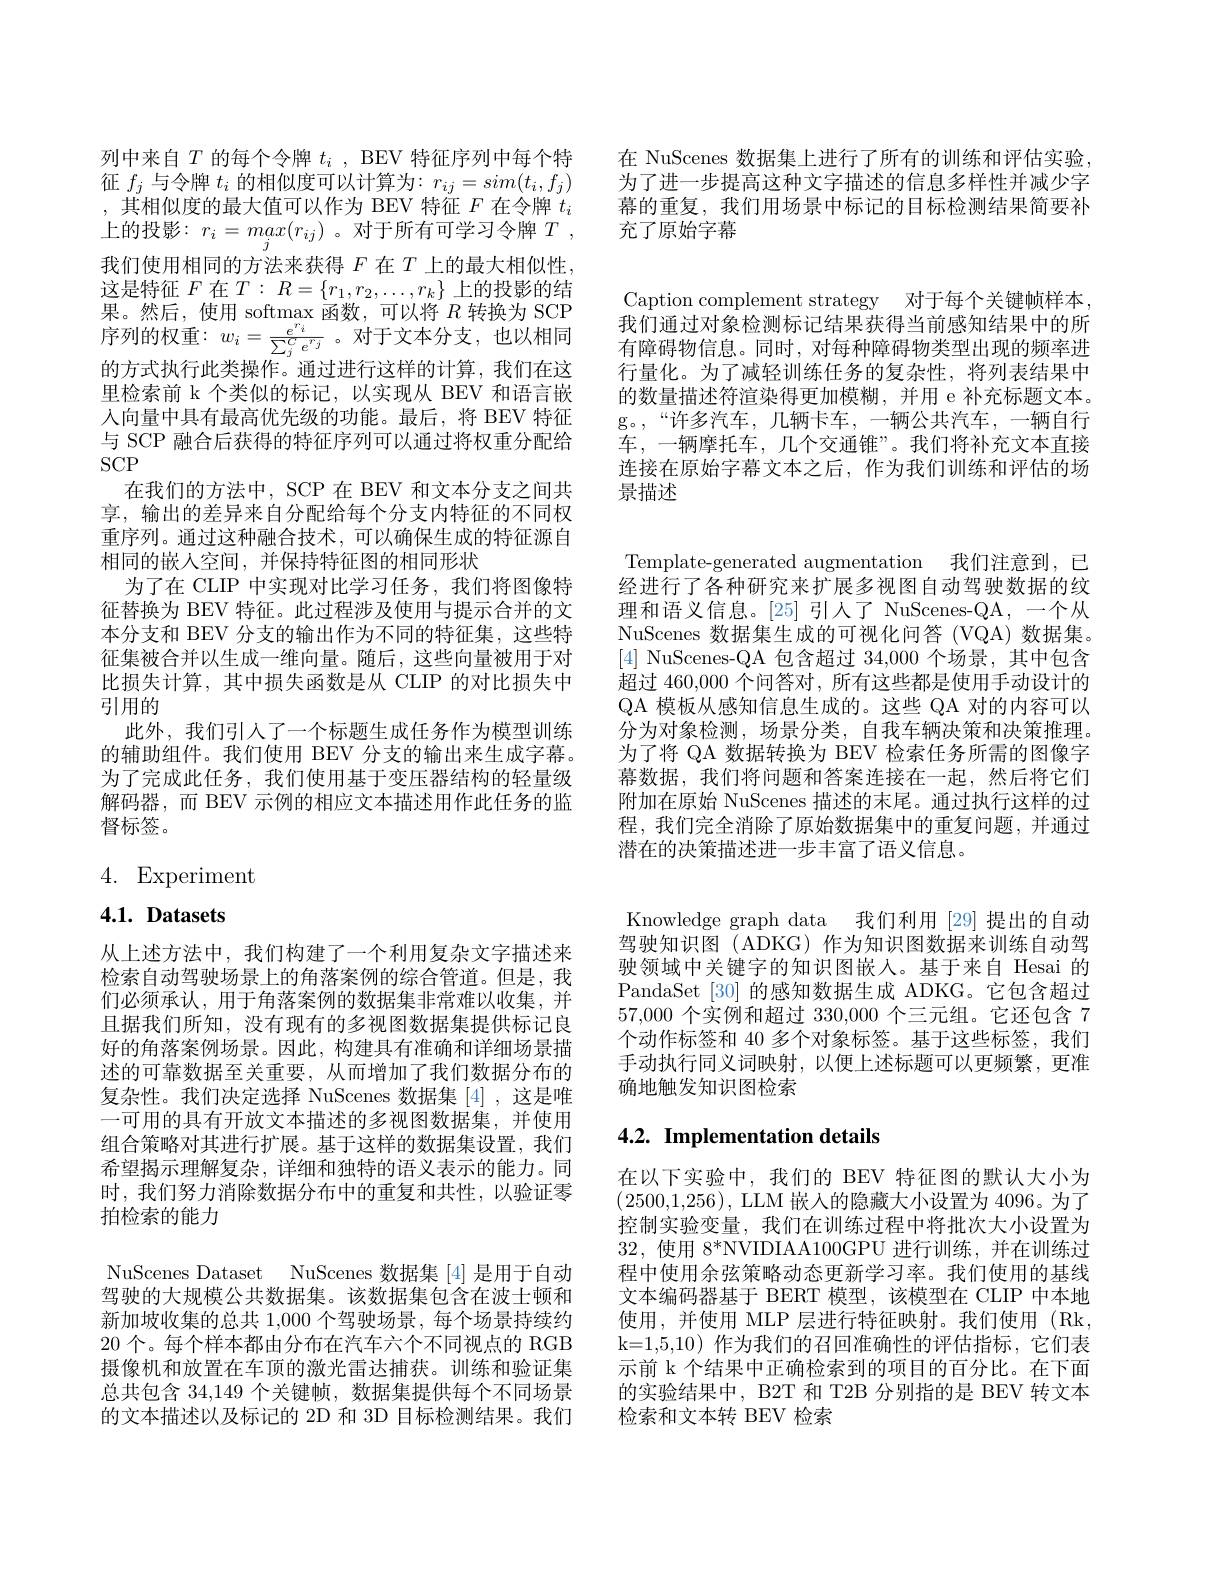
列中来自$T$ 的每个令牌 $t_i$ , BEV 特征序列中每个特 在 NuScenes 数据集上进行了所有的训练和评估实验征$f_j$与令牌$t_i$的相似度可以计算为$:r_ij=sim(t_i,f_j)$ 为了进一步提高这种文字描述的信息多样性并减少字
幕的重复，我们用场景中标记的目标检测结果简要补
充了原始字幕

,其相似度的最大值可以作为 BEV 特征$F$在令牌$t_i$ 上的投影：$r_i=max(r_{ij})$。对于所有可学习令牌$T$, 我们使用相同的方法来获得$F$在$T$上的最大相似性， 这是特征$F$在$T:R=\{r_1,r_2,\ldots,r_k\}$上的投影的结果。然后，使用 softmax 函数，可以将$R$转换为 SCP 序列的权重$:w_i=\frac{e^{r_i}}{\sum_j^Ce^{r_j}}$。对于文本分支，也以相同的方式执行此类操作。通过进行这样的计算，我们在这里检索前 k 个类似的标记，以实现从 BEV 和语言嵌入向量中具有最高优先级的功能。最后，将 BEV 特征与 SCP 融合后获得的特征序列可以通过将权重分配给SCP
在我们的方法中，SCP 在 BEV 和文本分支之间共享，输出的差异来自分配给每个分支内特征的不同权重序列。通过这种融合技术，可以确保生成的特征源自相同的嵌人空间，并保持特征图的相同形状
为了在 CLIP 中实现对比学习任务，我们将图像特征替换为 BEV 特征。此过程涉及使用与提示合并的文本分支和 BEV 分支的输出作为不同的特征集，这些特征集被合并以生成一维向量。随后，这些向量被用于对比损失计算，其中损失函数是从 CLIP 的对比损失中引用的
此外，我们引人了一个标题生成任务作为模型训练的辅助组件。我们使用 BEV 分支的输出来生成字幕。为了完成此任务，我们使用基于变压器结构的轻量级解码器，而 BEV 示例的相应文本描述用作此任务的监督标签。

# 4. Experiment

4.1. Datasets

从上述方法中，我们构建了一个利用复杂文字描述来检索自动驾驶场景上的角落案例的综合管道。但是，我们必须承认，用于角落案例的数据集非常难以收集，并且据我们所知，没有现有的多视图数据集提供标记良好的角落案例场景。因此，构建具有准确和详细场景描述的可靠数据至关重要，从而增加了我们数据分布的复杂性。我们决定选择 NuScenes 数据集[4],这是唯一可用的具有开放文本描述的多视图数据集，并使用组合策略对其进行扩展。基于这样的数据集设置，我们希望揭示理解复杂，详细和独特的语义表示的能力。同时，我们努力消除数据分布中的重复和共性，以验证零拍检索的能力
NuScenes Dataset NuScenes 数据集[4]是用于自动驾驶的大规模公共数据集。该数据集包含在波士顿和新加坡收集的总共 1,000 个驾驶场景，每个场景持续约20 个。每个样本都由分布在汽车六个不同视点的 RGB 摄像机和放置在车顶的激光雷达捕获。训练和验证集总共包含34，149个关键帧，数据集提供每个不同场景的文本描述以及标记的 2D 和 3D 目标检测结果。我们

Caption complement strategy 对于每个关键帧样本， 我们通过对象检测标记结果获得当前感知结果中的所有障碍物信息。同时，对每种障碍物类型出现的频率进行量化。为了减轻训练任务的复杂性，将列表结果中的数量描述符渲染得更加模糊，并用 e 补充标题文本。g。,“许多汽车，几辆卡车，一辆公共汽车，一辆自行车，一辆摩托车，几个交通锥”。我们将补充文本直接连接在原始字幕文本之后，作为我们训练和评估的场景描述

Template-generated augmentation 我们注意到，已经进行了各种研究来扩展多视图自动驾驶数据的纹理和语义信息。[25] 引人了 NuScenes-QA, 一个从NuScenes 数据集生成的可视化问答 (VQA) 数据集。[4] NuScenes-QA 包含超过 34,000 个场景，其中包含超过 460,000 个问答对，所有这些都是使用手动设计的QA 模板从感知信息生成的。这些 QA 对的内容可以分为对象检测，场景分类，自我车辆决策和决策推理。为了将 QA 数据转换为 BEV 检索任务所需的图像字幕数据，我们将问题和答案连接在一起，然后将它们附加在原始 NuScenes 描述的末尾。通过执行这样的过程，我们完全消除了原始数据集中的重复问题，并通过潜在的决策描述进一步丰富了语义信息。
Knowledge graph data 我们利用 [29] 提出的自动驾驶知识图 (ADKG) 作为知识图数据来训练自动驾驶领域中关键字的知识图嵌人。基于来自 Hesai 的PandaSet [30] 的感知数据生成 ADKG。它包含超过57,000个实例和超过 330,000 个三元组。它还包含7个动作标签和 40 多个对象标签。基于这些标签，我们手动执行同义词映射，以便上述标题可以更频繁，更准确地触发知识图检索
4.2. Implementation details

在以下实验中，我们的 BEV 特征图的默认大小为(2500,1,256), LLM 嵌入的隐藏大小设置为 4096。为了控制实验变量，我们在训练过程中将批次大小设置为32,使用 8*NVIDIAA100GPU 进行训练，并在训练过程中使用余弦策略动态更新学习率。我们使用的基线文本编码器基于 BERT 模型，该模型在 CLIP 中本地使用，并使用 MLP 层进行特征映射。我们使用(Rk, k=1,5,10) 作为我们的召回准确性的评估指标，它们表示前 k 个结果中正确检索到的项目的百分比。在下面的实验结果中，B2T 和 T2B 分别指的是 BEV 转文本检索和文本转 BEV 检索